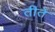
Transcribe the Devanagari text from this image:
तीते